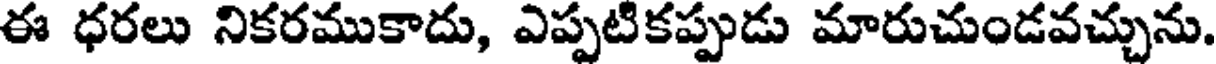
ఈ ధరలు నికరముకాదు, ఎప్పటికప్పుడు మారుచుండవచ్చును.